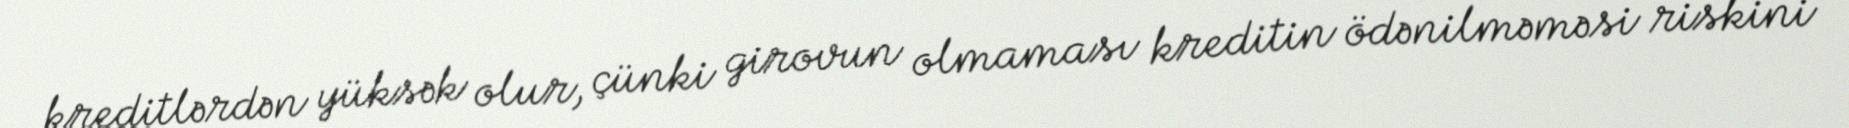
kreditlərdən yüksək olur, çünki girovun olmaması kreditin ödənilməməsi riskini